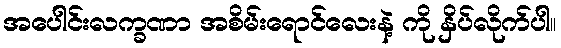
အပေါင်းလက္ခဏာ အစိမ်းရောင်လေးနဲ့ ကို နှိပ်လိုက်ပါ။